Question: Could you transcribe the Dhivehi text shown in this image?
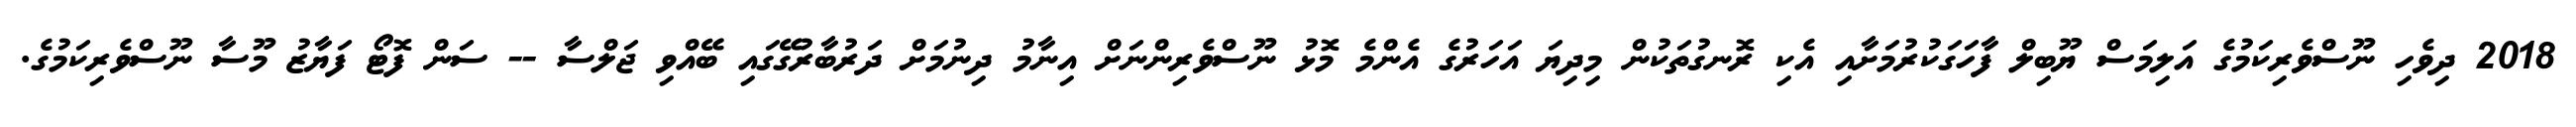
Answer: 2018 ދިވެހި ނޫސްވެރިކަމުގެ އަލިމަސް ޔޫބިލް ފާހަގަކުރުމަށާއި އެކި ރޮނގުތަކުން މިދިޔަ އަހަރުގެ އެންމެ މޮޅު ނޫސްވެރިންނަށް އިނާމު ދިނުމަށް ދަރުބާރުގޭގައި ބޭއްވި ޖަލްސާ -- ސަން ފޮޓޯ ފަޔާޒު މޫސާ ނޫސްވެރިކަމުގެ.